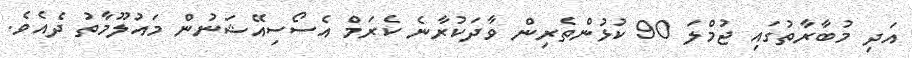
އަދި މުބާރާތުގައި ޖުމްލަ 90 ކުޅުންތެރިން ވާދަކުރާނެ ކެރަމް އެސޯސިއޭޝަނުން މައުލޫމާތު ދެއެވެ.